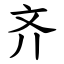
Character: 齐